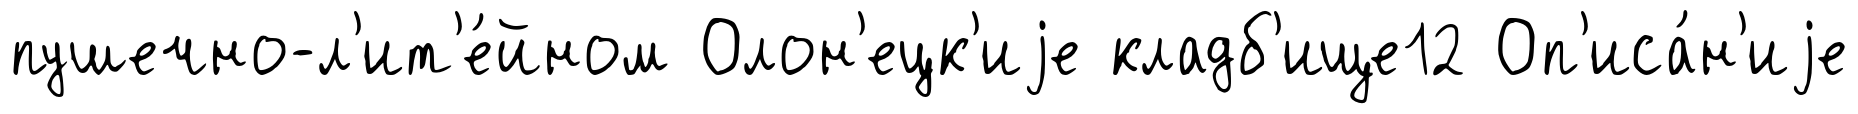
пушечно-л'ит'е́йном Олон'ецк'иjе кладб'ище12 Оп'иса́н'иjе